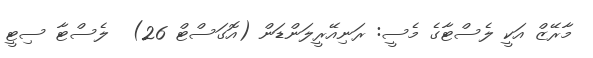
މާރޭޒް އަކީ ލެސްޓާގެ މެސީ: ރަނިއޭރީލަންޑަން (އޮގަސްޓް 26)  ލެސްޓާ ސިޓީ